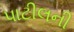
પાટીલની